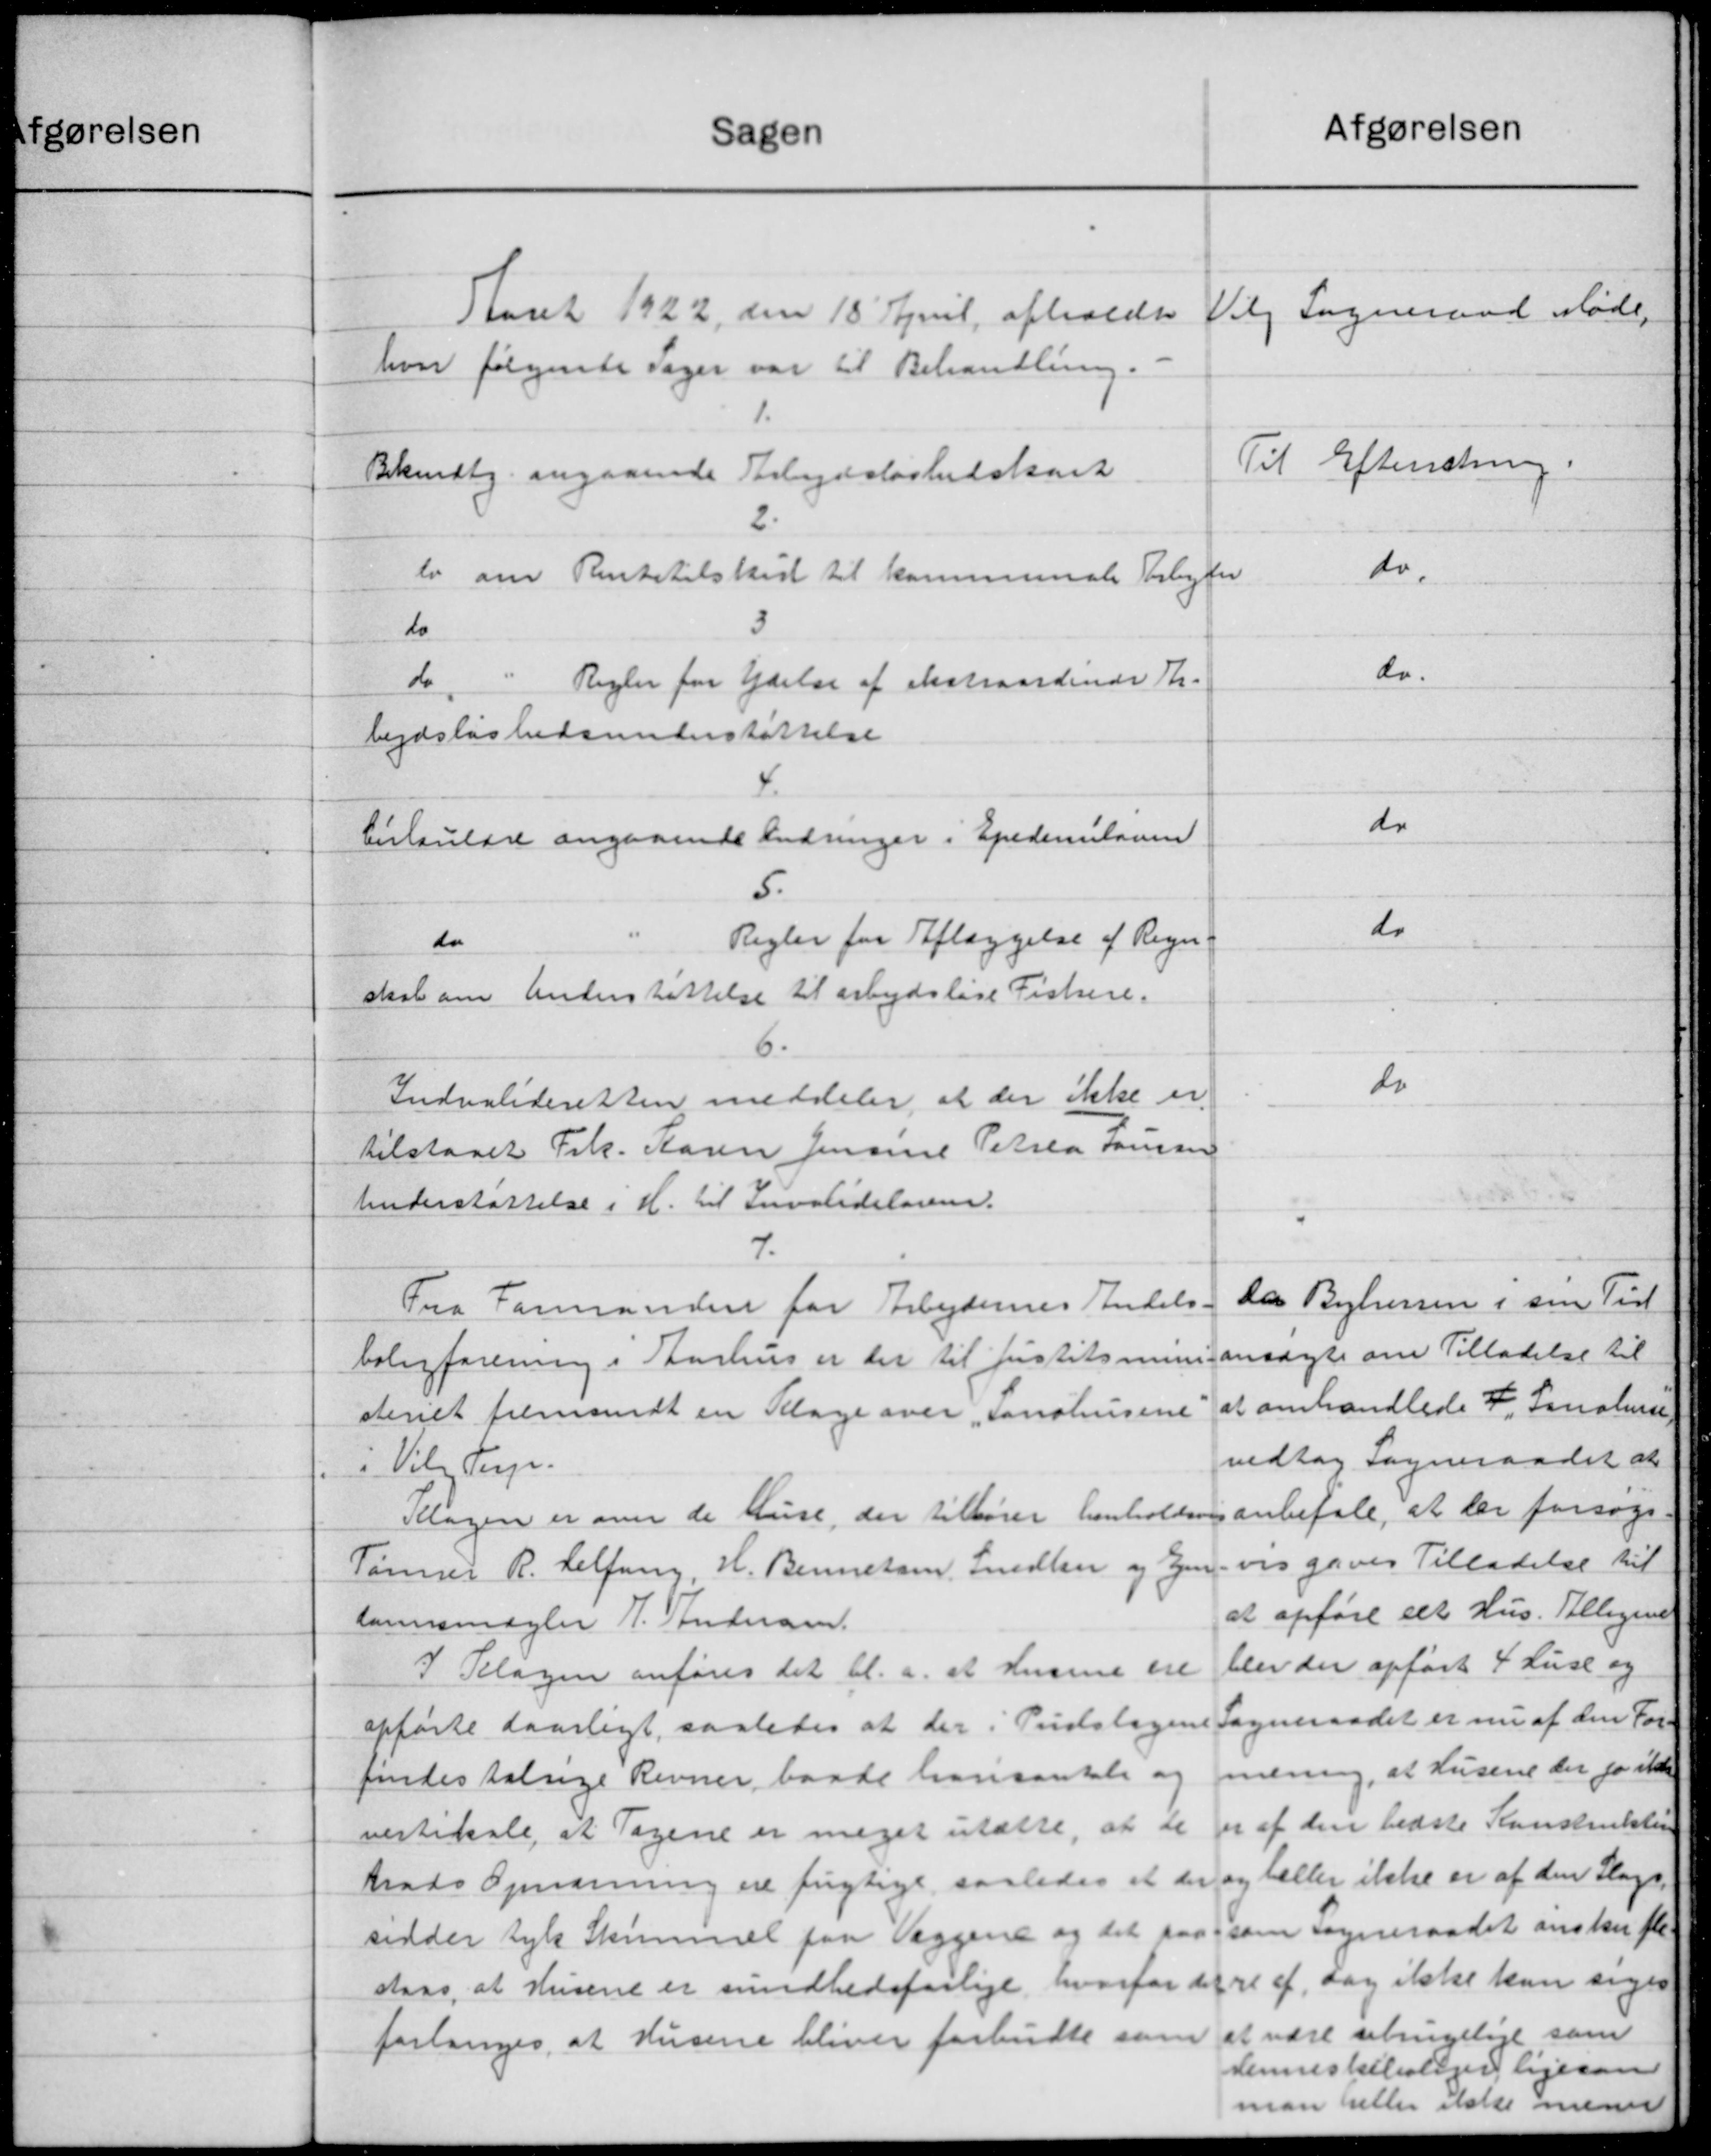
Transskription:
Afgørelsen
sagen
Vilg Sogneraad Møde.
Aaret 1922 den 18 April afholdt
hvor følgende Sager var til Behandling.
1.
Til Efterretning.
Bekendtg. angaaende Arbejdsløshedskort
do.
lo om Rentetilskud til kommunale Forlyder
do
do.
do
Regler for Ydelse af ekstraordinær Th.
bejdsløshedsunderstøttelse
do
Cirkulære angaaende Ændringer i Epedemiloven
5.
do
Regler for Aflæggelse af Regn-
do
skab om Anderstøttelse til arbejdsløse Fiskere.
6.
do
Indvalideretten meddeler, at der ikke er
tilstaaet Frk. Karen Jensine Petrea Hansen
Understøttelse i H. til Invalideloven.
7.
Da Byhersen i sin Tid
Fra Formanden for Arbejdernes Andels-
ansøgte om Tilladelse til
boligforening i Aarhus er der til Justitsmini-
at omhandlede F. Sanalun
steriet fremsendt en Klage over Sandhusene
vedtog Sogneraadet at
"Vilg Forp.
anbefale, at har forsøge
Klagen er over de huse, der tilhører henholdsvi
vis gives Tilladelse til
Tømrer R. Helfung, H. Bennetsm. Smedlen og Ejen
at opføre et Hus. Tilligene
lamsmægler P. Andersen
blev der opført 4 Luse og
I Klagen anføres det bl.a. at Husene ere
Sogneraadet er nu af den For-
opførte daarligt, saaledes at der i Tidslagene
findes talrige Revner baade hansantale og næring, at Husene der jo ikke
er af den bedste Konstruktion
vestikale, at Tagene er meget utætte, at de
trods Opmanning ere frigtige saaledes at der og heller ikke er af den Slags,
sidder tyk Skimmel paa Viggene og det paa som sogneraadet ønsker fle
staaes, at Husene er sundhedsførlige hvorfor det se af, dog ikke kan siges
forlanges, at Husene bliver forbudte som at være sebrugelige som
dennestelisten ligesom
man heller ikke menes